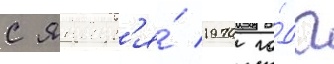
с январ'я́ 1970 го́да